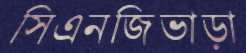
সিএনজিভাড়া